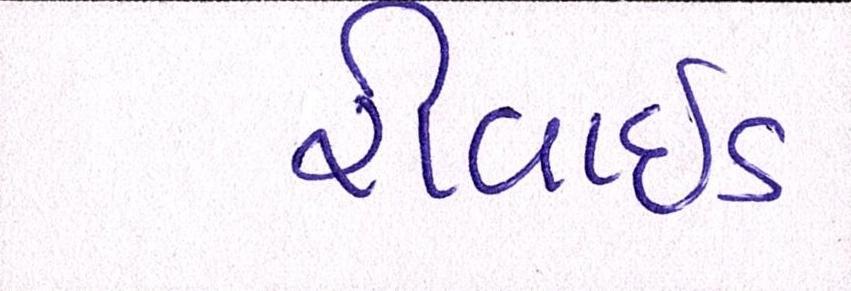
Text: રીવાઇડ